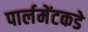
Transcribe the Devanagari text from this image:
पार्लमेंटकडे